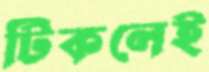
টিকলেই